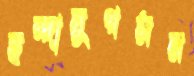
ছন্দানুগমন